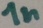
Text: 1n